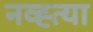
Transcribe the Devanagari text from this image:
नव्ह्त्या